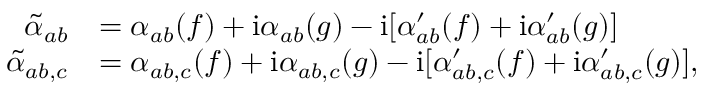
\begin{array} { r l } { \tilde { \alpha } _ { a b } } & { = \alpha _ { a b } ( f ) + \mathrm { i } \alpha _ { a b } ( g ) - \mathrm { i } [ \alpha _ { a b } ^ { \prime } ( f ) + \mathrm { i } \alpha _ { a b } ^ { \prime } ( g ) ] } \\ { \tilde { \alpha } _ { a b , c } } & { = \alpha _ { a b , c } ( f ) + \mathrm { i } \alpha _ { a b , c } ( g ) - \mathrm { i } [ \alpha _ { a b , c } ^ { \prime } ( f ) + \mathrm { i } \alpha _ { a b , c } ^ { \prime } ( g ) ] , } \end{array}